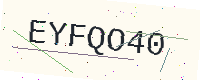
Text: EYFQO40